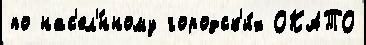
по нас'ел'́нному городск'и́х ОКАТО